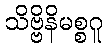
သိဗ္ဗိနိမစ္စဂူ